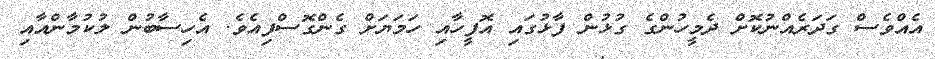
އެއްވެސް ގަދަރެއްނުކޮށް ދެމީހުންގެ ގުޅުން ފާޅުގައި އޮފީހާއި ހަމަޔަށް ގެންގޮސްފިއެވެ. އެހިސާބުން ލުކުމާންއާއި